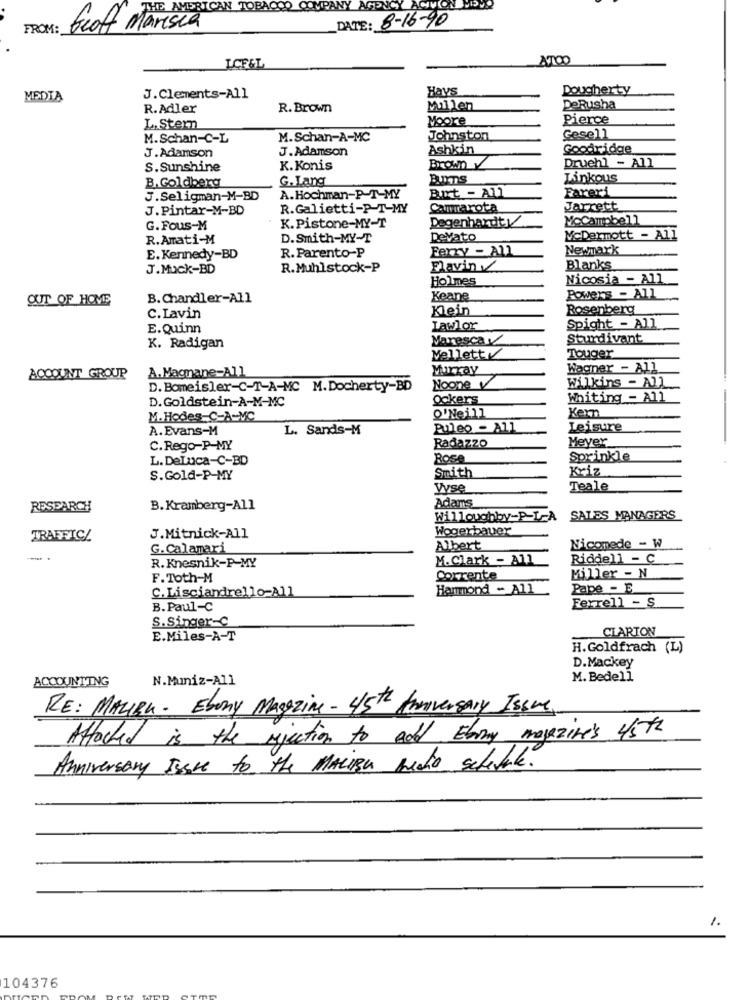
THE AMERICA
TOBACCO COMPANY AGENCY
DATE: 8-16-90
FROM:
Geof Marisea
LCFEL
Hays
Dougherty
MEDIA
J.Clements-All
R.Adler
R. Brown
Millen
DeRusha
Moore
Pierce
L. Stern
M.Schan-C-L
M.Schan-A-MC
Johnston
Gesell
J.Adamson
Ashkin
Goodridge
J.Adamson
Druehl - All
S.Sunshine
K.Konis
B.Goldberg
G.Lang
Linkous
But - All
Fareri
J.Seligman-M-BD
A.Hochman-P-T-MY
J.Pintar-M-BD
R.Galietti-P-T-MY
Cammarota
Jarrett
Degenhardty
McCampbell
G. Fous-M
K.Pistone-MY-T
R.Amati-M
D.Smith-MY-T
Devato
McDermott - All
Ferry - All
Newmark
E. Kennedy-BD
R. Parento-P
J.Muck-BD
R.Muhlstock-P
Flavin
Blanks
Holmes
Nicosia - All
OUT OF HOME
B. Chandler-All
Keane
Powers - All
Kein
Rosenberg
C.Lavin
E.Quinn
Lawlor
Spight - All
Maresca v
Sturdivant
K. Radigan
Touger
Mellett
A.Magnane-All
Murray
Wagner - All
ACCOUNT GROUP
Wilkins - All
D. Bomeisler-C-T-A-MC M. Docherty-BD
Noone V
D.Goldstein-A-M-MC
Ockers
Whiting - All
O'Neill
Kern
M. Hodes C-A-MC
A. Evans-M
L. Sands-M
Puleo - All
Leisure
Radazzo
Meyer
C. Rego-P-MY
L. DeLuca-C-BD
Rose
Sprinkle
Smith
Kriz
S.Gold-P-MY
Vyse
Teale
Adams
RESEARCH
B. Kramberg-All
Willoughby-P-L-A
SALES MANAGERS
Wogerbauer
TRAFFIC/
J.Mitnick-All
G.Calamari
Albert
Niconede - W
M.Clark - All
Riddell - C
R. Knesnik-P-MY
F.Toth-M
Corrente
Miller - N
C.Lisciandrello-All
Hammond - All
Pape - E
Ferrell - S
B. Paul-C
S.Singer-C
CLARION
E.Miles-A-T
H.Goldfrach (L)
D.Mackey
ACCOUNTING
N.Muniz-All
M. Bedell
RE: MALIBU. Ebony Magazine - 45th Anniversary Issue
Attached is the injection to add Ebony magazine's 45th
Anniversary Issue to the MALIBU medio schedule.
104376